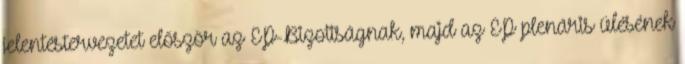
jelentéstervezetet először az EP-Bizottságnak, majd az EP plenáris ülésének